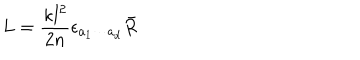
L = \frac { \kappa l ^ { 2 } } { 2 n } \epsilon _ { a _ { 1 } \cdots a _ { d } } \bar { R }